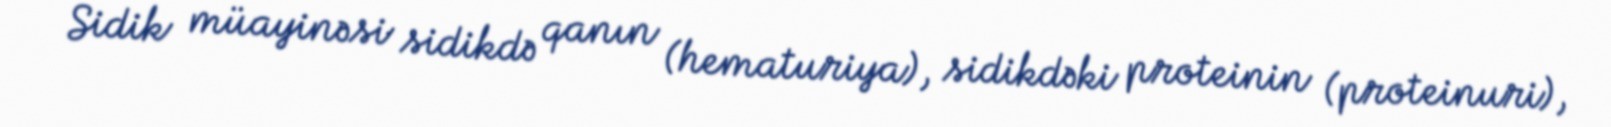
Sidik müayinəsi sidikdə qanın (hematuriya), sidikdəki proteinin (proteinuri),